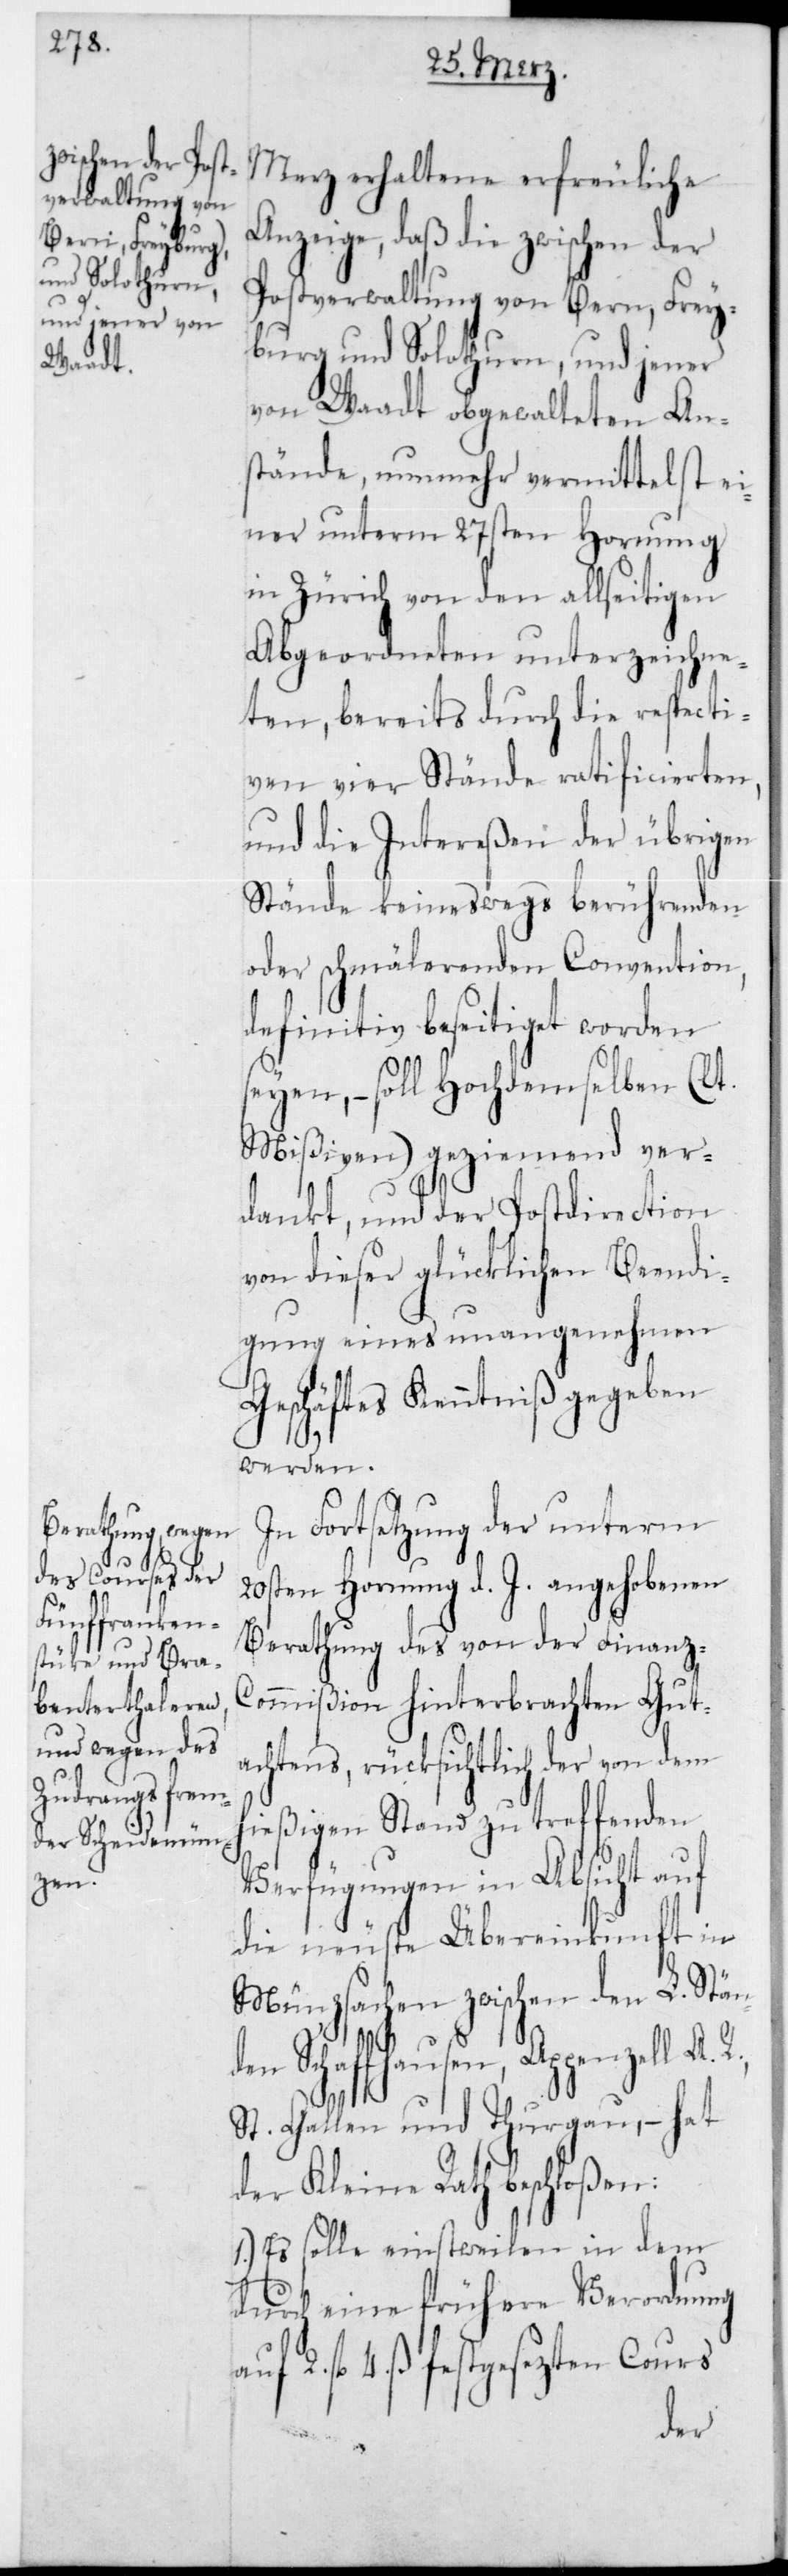
Merz erhaltene erfreuliche
Anzeige, daß die zwischen der
Postverwaltung von Bern, Frey¬
burg und Solothurn, und jener
von Waadt obgewalteten An¬
stände, nunmehr vermittelst ei¬
ner unterm 27sten Hornung
in Zürich von den allseitigen
Abgeordneten unterzeichne¬
ten, bereits durch die respecti¬
ven vier Stände ratificierten,
und die Intereßen der übrigen
Stände keineswegs berührenden
oder schmälerenden Convention,
definitiv beseitiget worden
seyen, – soll hochdemselben (lt.
Mißiven) geziemend ver¬
dankt, und der Postdirection
von dieser glücklichen Beendi¬
gung eines unangenehmen
Geschäftes Kenntniß gegeben
werden.
In Fortsetzung der unterm
20sten Hornung d. J. angehobenen
Berathung des von der Finanz-C¬
ommißion hinterbrachten Gut¬
achtens, rücksichtlich der von dem
hießigen Stand zu treffenden
Verfügungen in Absicht auf
die neuste Übereinkunft in
Münzsachen zwischen den L. Stän¬
den Schaffhausen, Appenzell A.
St.< Gallen und Thurgau, – hat
der Kleine Rath beschloßen:
1.) Es solle einstweilen in dem
durch eine frühere Verordnung
2 fl. 4 ß festgesezten Cours